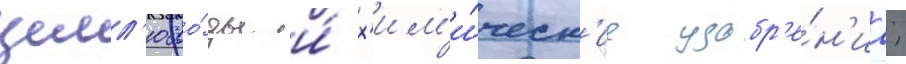
целл'юло́зы и́ х'им'и́ческ'ие удобр'е́н'иа;